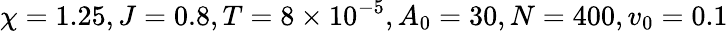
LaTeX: \chi=1.25,J=0.8,T=8\times 10^{-5},A_{0}=30,N=400,v_{0}=0.1